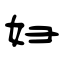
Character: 妇